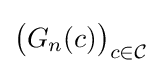
{\bigl (}G_{n}(c){\bigr )}_{c\in {\mathcal {C}}}